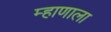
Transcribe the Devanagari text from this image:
म्हाणाला